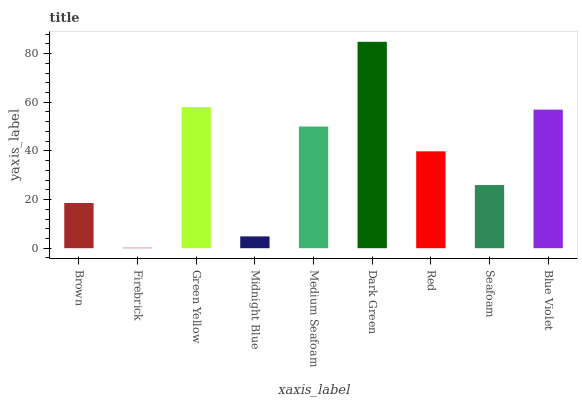
| xaxis_label | bars |
 | --- | --- |
 | Brown | 18.6 |
 | Firebrick | 0.184 |
 | Green Yellow | 58 |
 | Midnight Blue | 4.85 |
 | Medium Seafoam | 50 |
 | Dark Green | 84.8 |
 | Red | 39.8 |
 | Seafoam | 26 |
 | Blue Violet | 57 |